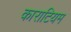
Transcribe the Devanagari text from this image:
काराटियम